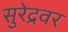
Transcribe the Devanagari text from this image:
सुरेद्रवर